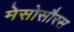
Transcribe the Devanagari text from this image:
मेसोसौरस